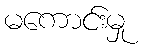
မကောင်းမှု